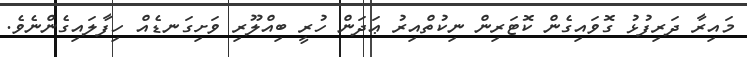
މައިރާ ދަރިފުޅު ގޮވައިގެން ކޮޓަރިން ނިކުތްއިރު ޢަދަން ހުރީ ބިއްލޫރި ވަށިގަނޑެއް ހިފާލައިގެންނެވެ.